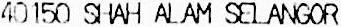
40150 SHAH ALAM SELANGOR